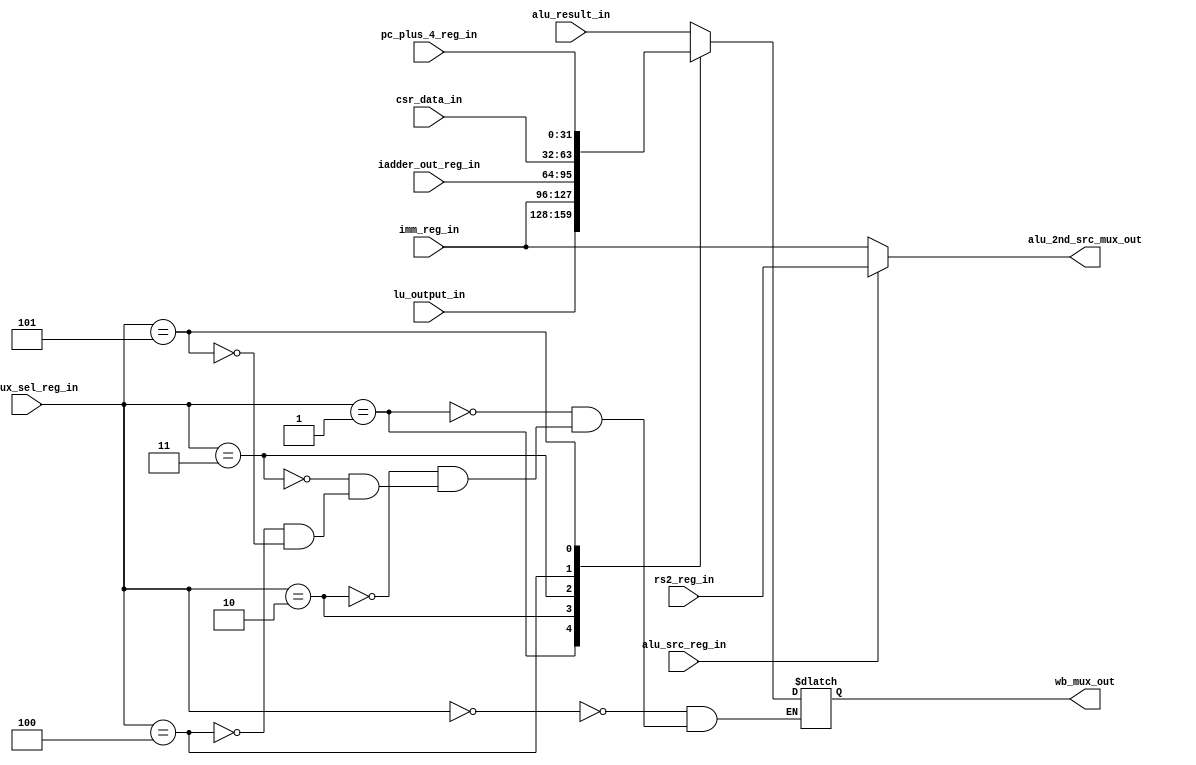
module msrv32_wb_mux_sel_unit(alu_src_reg_in,wb_mux_sel_reg_in,alu_result_in,lu_output_in,imm_reg_in,iadder_out_reg_in,csr_data_in,pc_plus_4_reg_in,rs2_reg_in,wb_mux_out,alu_2nd_src_mux_out);

input alu_src_reg_in;
input [2:0] wb_mux_sel_reg_in;
input [31:0] alu_result_in;
input [31:0] lu_output_in;
input [31:0] imm_reg_in;
input [31:0] iadder_out_reg_in;
input [31:0] csr_data_in;
input [31:0] pc_plus_4_reg_in;
input [31:0] rs2_reg_in;

output reg [31:0] wb_mux_out;
output [31:0] alu_2nd_src_mux_out;

parameter	WB_ALU 			=	3'b000,
			WB_LU			=	3'B001,
			WB_IMM			=	3'B010,
			WB_IADDER_OUT	= 	3'B011,
			WB_CSR			=	3'B100,
			WB_PC_USER		=	3'B101;

always@(*)
begin
	case(wb_mux_sel_reg_in)
		WB_ALU			:	wb_mux_out = alu_result_in;
		WB_LU			:	wb_mux_out = lu_output_in;
		WB_IMM			:	wb_mux_out = imm_reg_in;
		WB_IADDER_OUT	:	wb_mux_out = iadder_out_reg_in;
		WB_CSR			:	wb_mux_out = csr_data_in;
		WB_PC_USER		:	wb_mux_out = pc_plus_4_reg_in;
	endcase	
end

assign alu_2nd_src_mux_out = alu_src_reg_in ? rs2_reg_in : imm_reg_in;

endmodule